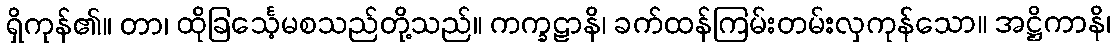
ရှိကုန်၏။ တာ၊ ထိုခြင်္သေ့မစသည်တို့သည်။ ကက္ခဠာနိ၊ ခက်ထန်ကြမ်းတမ်းလှကုန်သော။ အဋ္ဌိကာနိ၊